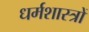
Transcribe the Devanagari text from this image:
धर्मशास्‍त्रों